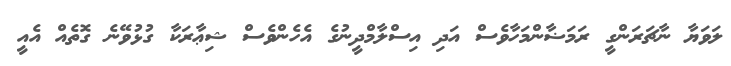
ލަވަޔާ ނާޗަރަންގީ ރަމަޟާންމަހާވެސް އަދި އިސްލާމްދީނުގެ އެހެންވެސް ޝިޢާރަކާ ގުޅުވޭނެ ގޮތެއް އެއީ